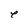
Character: e